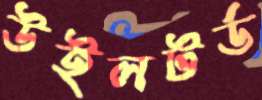
উইলটর্ড